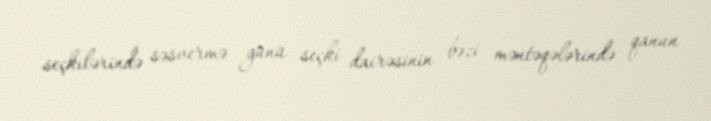
seçkilərində səsvermə günü seçki dairəsinin bəzi məntəqələrində qanun